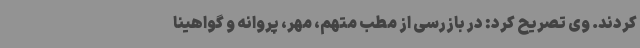
کردند. وی تصریح کرد: در بازرسی از مطب متهم، مهر، پروانه و گواهینا